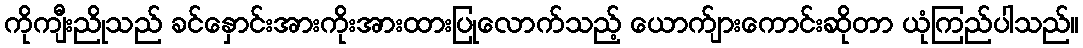
ကိုကျီးညိုသည် ခင်နှောင်းအားကိုးအားထားပြုလောက်သည့် ယောက်ျားကောင်းဆိုတာ ယုံကြည်ပါသည်။